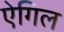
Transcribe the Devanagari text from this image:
ऐगिल